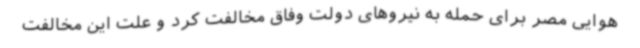
هوایی مصر برای حمله به نیروهای دولت وفاق مخالفت کرد و علت این مخالفت